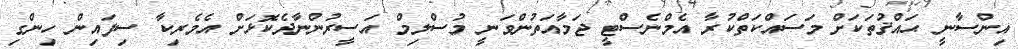
އިންސާނީ ޙައްޤުތަކަށް މަސައްކަތްކުރާ އެމްނެސްޓީ ޖަމާއަތުންވަނީ މުސްލިމް އަސީރުންނާދެކޮޅަށް އެމެރިކާ ސިފައިން ހިންގި